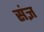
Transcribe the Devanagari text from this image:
संज्ञ